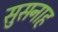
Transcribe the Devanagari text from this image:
सुसनाह